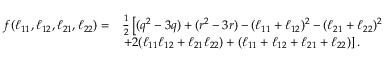
\begin{array} { r l } { f ( \ell _ { 1 1 } , \ell _ { 1 2 } , \ell _ { 2 1 } , \ell _ { 2 2 } ) = } & { \frac { 1 } { 2 } \left[ ( q ^ { 2 } - 3 q ) + ( r ^ { 2 } - 3 r ) - ( \ell _ { 1 1 } + \ell _ { 1 2 } ) ^ { 2 } - ( \ell _ { 2 1 } + \ell _ { 2 2 } ) ^ { 2 } \right. } \\ & { \left. + 2 ( \ell _ { 1 1 } \ell _ { 1 2 } + \ell _ { 2 1 } \ell _ { 2 2 } ) + ( \ell _ { 1 1 } + \ell _ { 1 2 } + \ell _ { 2 1 } + \ell _ { 2 2 } ) \right] . } \end{array}